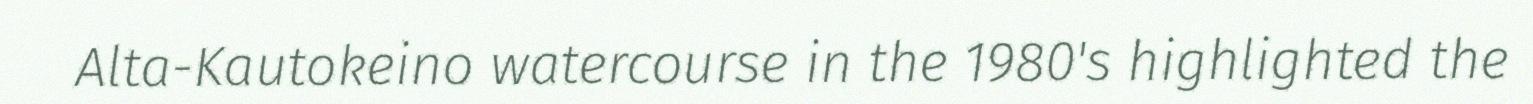
Alta-Kautokeino watercourse in the 1980's highlighted the